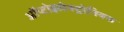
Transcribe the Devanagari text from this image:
ऑप्टोइलेक्ट्रोनिक्स